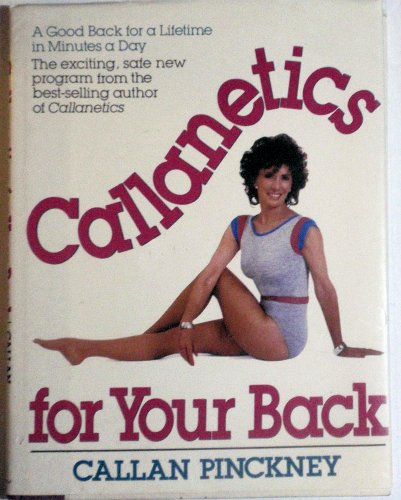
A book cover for Callanetics for Your Back; Callan Pinckney; Health, Fitness & Dieting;